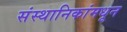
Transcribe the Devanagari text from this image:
संस्थानिकांमधून